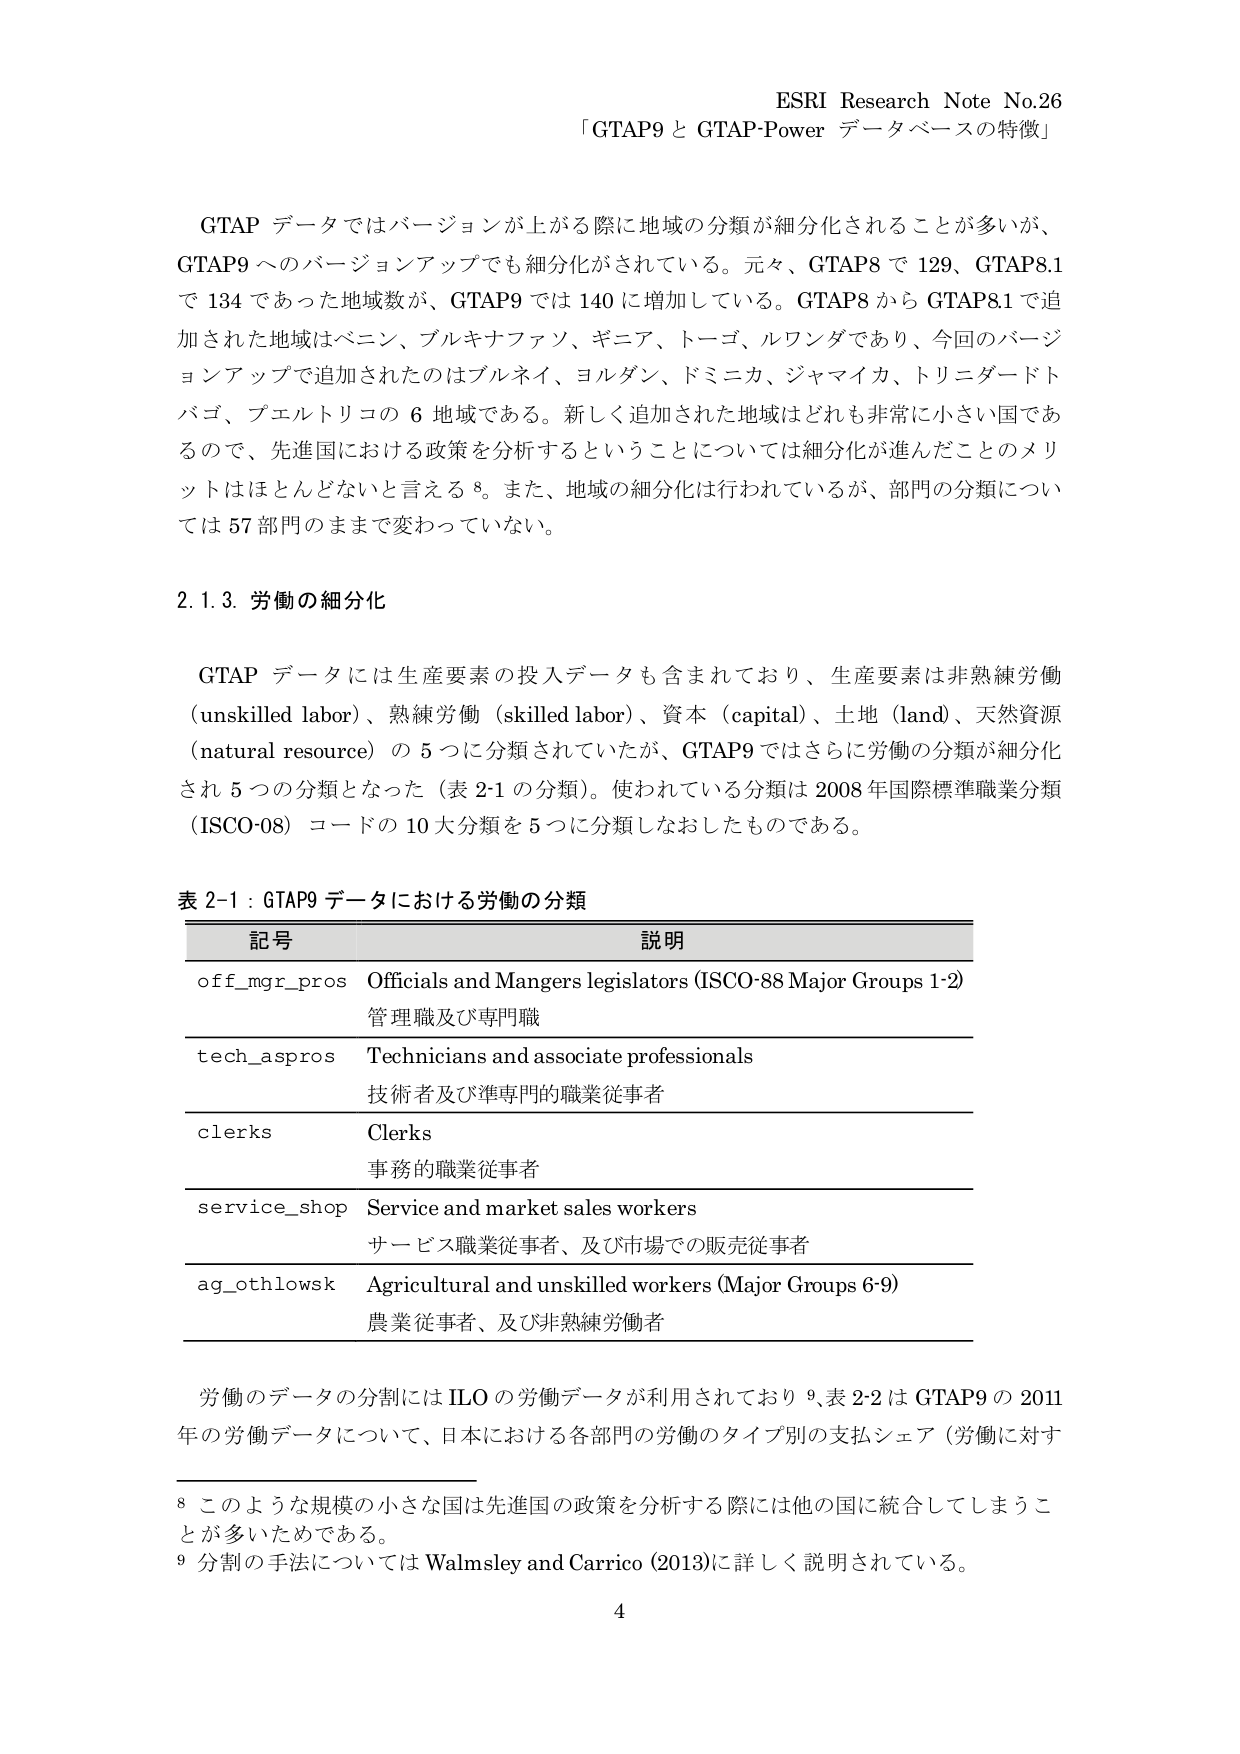
ESRI Research Note No.26
「GTAP9 と GTAP-Power データベースの特徴」

GTAP データではバージョンが上がる際に地域の分類が細分化されることが多いが、
GTAP9 へのバージョンアップでも細分化がされている。元々、GTAP8 で 129、GTAP8.1
で 134 であった地域数が、GTAP9 では 140 に増加している。GTAP8 から GTAP8.1 で追
加された地域はベニン、ブルキナファソ、ギニア、トーゴ、ルワンダであり、今回のバージ
ョンアップで追加されたのはブルネイ、ヨルダン、ドミニカ、ジャマイカ、トリニダードト
バゴ、プエルトリコの 6 地域である。新しく追加された地域はどれも非常に小さい国であ
るので、先進国における政策を分析するということについては細分化が進んだことのメリ
ットはほとんどないと言える 8。また、地域の細分化は行われているが、部門の分類につい
ては 57 部門のままで変わっていない。

2.1.3. 労働の細分化

GTAP データには生産要素の投入データも含まれており、生産要素は非熟練労働
(unskilled labor)、熟練労働 (skilled labor)、資本 (capital)、土地 (land)、天然資源
(natural resource) の 5 つに分類されていたが、GTAP9 ではさらに労働の分類が細分化
され 5 つの分類となった（表 2-1 の分類）。使われている分類は 2008 年国際標準職業分類
（ISCO-08）コードの 10 大分類を 5 つに分類しなおしたものである。

表 2-1：GTAP9 データにおける労働の分類

記号　　　　　　　　　　　　　　　説明
off_mgr_pros　Officials and Mangers legislators (ISCO-88 Major Groups 1-2)
　　　　　　　　　管理職及び専門職
tech_aspros　Technicians and associate professionals
　　　　　　　　　技術者及び準専門的職業従事者
clerks　　　　Clerks
　　　　　　　　　事務的職業従事者
service_shop　Service and market sales workers
　　　　　　　　　サービス職業従事者、及び市場での販売従事者
ag_othlowsk　Agricultural and unskilled workers (Major Groups 6-9)
　　　　　　　　　農業従事者、及び非熟練労働者

労働のデータの分割には ILO の労働データが利用されており 9、表 2-2 は GTAP9 の 2011
年の労働データについて、日本における各部門の労働のタイプ別の支払シェア（労働に対す

8 このような規模の小さな国は先進国の政策を分析する際には他の国に統合してしまうこ
とが多いためである。
9 分割の手法については Walmsley and Carrico (2013)に詳しく説明されている。

4